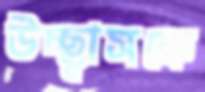
উচ্ছ্বাসকে